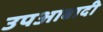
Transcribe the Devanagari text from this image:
उपआबादी